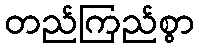
တည်ကြည်စွာ